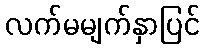
လက်မမျက်နှာပြင်